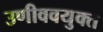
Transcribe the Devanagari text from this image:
उणीववयुक्त